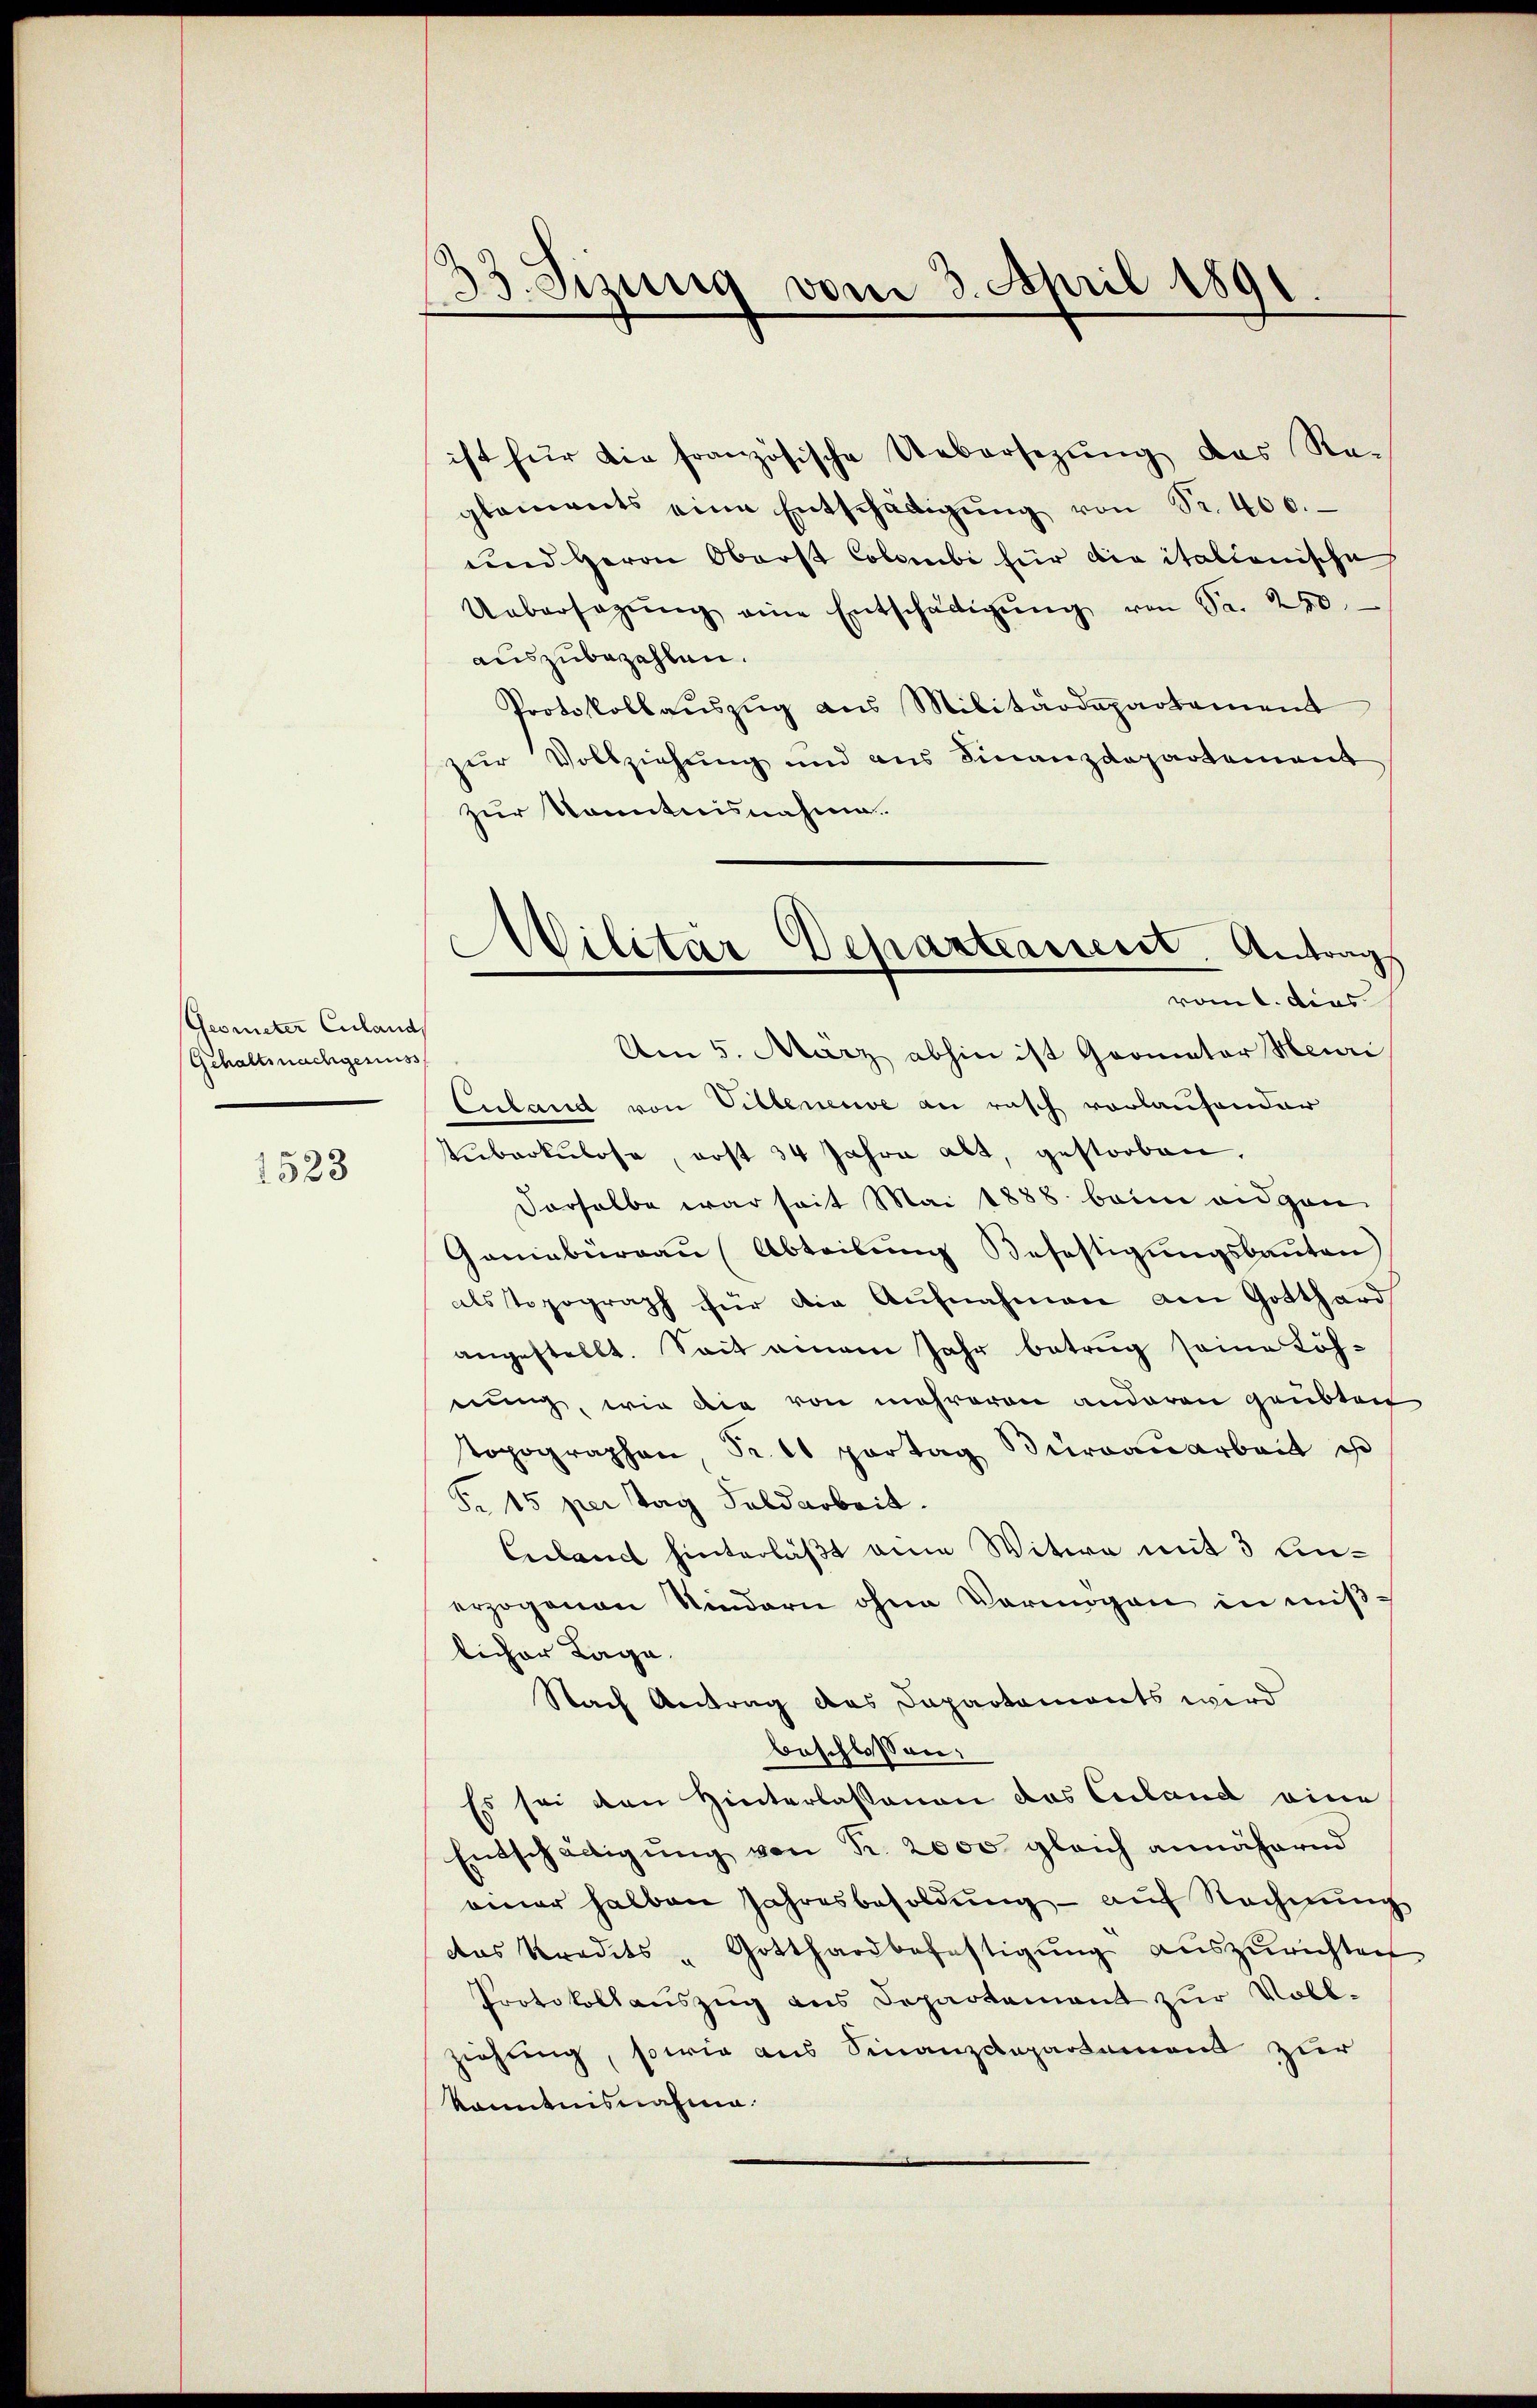
Geometer Culand
Gehaltsnachgenuss

1523

33 Jizung vom 3. April 1891

ist für die französische Uebersezung das Re-
glements eine Entschädigŭng von Sr. 400.
und Herrn Oberst Colombi für die italionische
Uebersagŭng eine Entschädigŭng von Sr. 250
auszubezahlen.
Protokollaŭszŭg ans Militärdepartament
zur Vollziehung und ans Finanzdepartement
zur Kenntnisnahme.
Aen 5. März abhin ist Geometer Heuri
Enband von Villeneuve an rasch vorlaufender
Auberkulose, erst 34 Jahre alt, gestorben.
Derselbe war seit Mai 1888 beim eidgen
Ganiabüreau (Abteilung Befestigungsbauten)
als Topograph für die Aufnahmen am Gotthard
angestellt. Seit einem Jahr betrug seine Löhnung, wie die von mehreren anderen geübten
topographen, Sr. Es partag Bürdauarbeit ist
Pr 15 per Tag Feldarbeit.
Libanct hinterläßt eine Witwe mit 3 Einerzogenen Kindern ohne Vermögen in mißlicher Lage.
Nach Antrag des Dapartaments wird
beschlossen:
Es sei den Hinterlassenen das Culand eine
Entschädigŭng von Fr. 2000 gleich annähernd
einer halben Jahresbesoldung – auf Rechnung
das Kredits - Gotthardbefestigŭng auszurichten
Protokollauszug aus Departement zur Vollziehung, sowie aus Finanzdepartement zur
Konntnisnahme.

Militär-Departeament. Antrag
vom 1. dies